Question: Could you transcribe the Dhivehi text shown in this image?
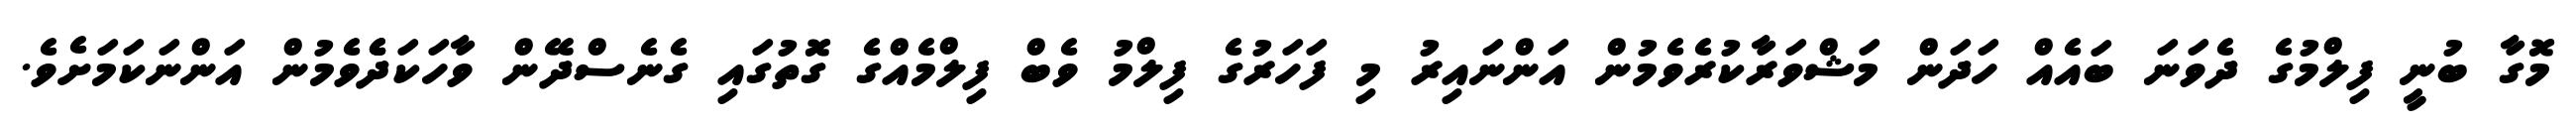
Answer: މޮގާ ބުނީ ފިލްމުގެ ދެވަނަ ބައެއް ހަދަން މަޝްވަރާކުރެވެމުން އަންނައިރު މި ފަހަރުގެ ފިލްމު ވެބް ފިލްމެއްގެ ގޮތުގައި ގެނެސްދޭން ވާހަކަދެެވެމުން އަންނަކަމަށެވެ.